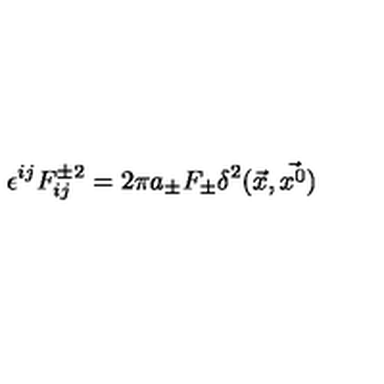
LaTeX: \epsilon ^ { i j } F _ { i j } ^ { \pm 2 } = 2 \pi a _ { \pm } F _ { \pm } \delta ^ { 2 } ( \vec { x } , \vec { x ^ { 0 } } )